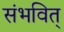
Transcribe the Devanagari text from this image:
संभवित्